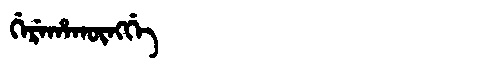
Manchu: ᡤᡝᡵᡝᡥᠠᡴᡡᠩᡤᡝ
Romanization: GEREHAKŪNGGE